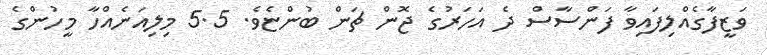
ވަޒީފާގެއްލިފައިވާ ފަންސާސް ދެ އަހަރުގެ ޖޮން ޗަން ބުންޏެވެ. 5.5 މިލިއަނެއްހާ މީހުންގެ